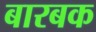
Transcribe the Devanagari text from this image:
बारबक